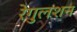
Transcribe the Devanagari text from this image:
रेगुलशन